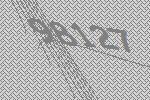
98127